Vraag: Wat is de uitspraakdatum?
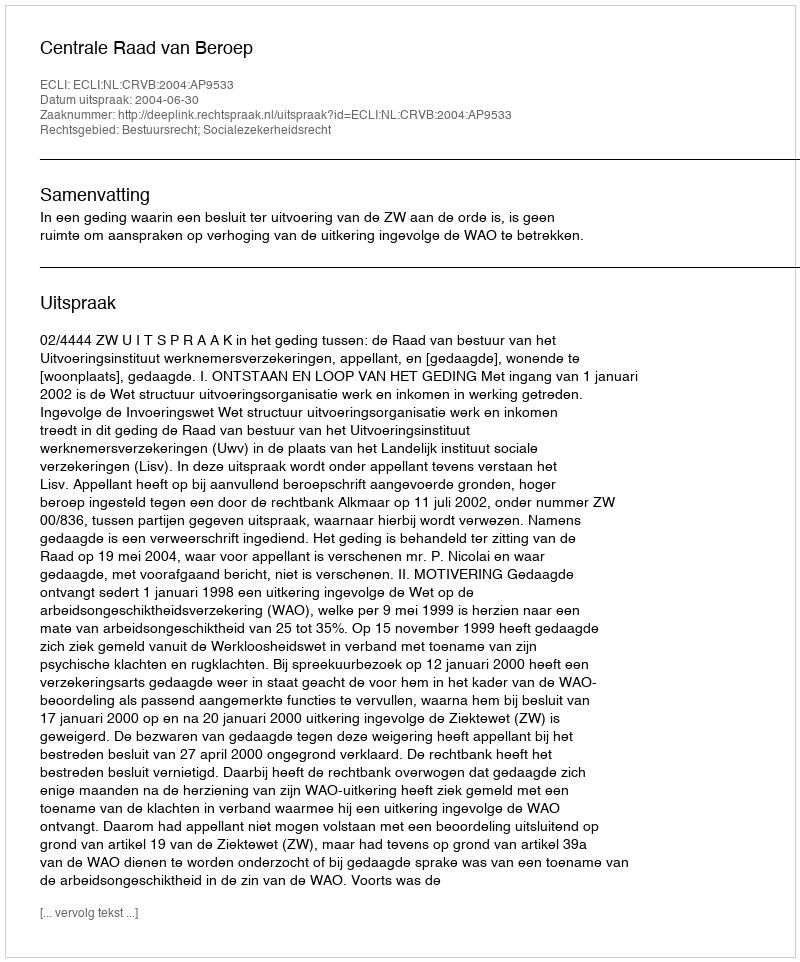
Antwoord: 2004-06-30